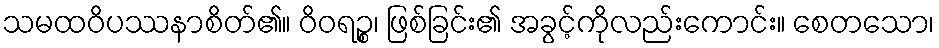
သမထဝိပဿနာစိတ်၏။ ဝိဝရဉ္စ၊ ဖြစ်ခြင်း၏ အခွင့်ကိုလည်းကောင်း။ စေတသော၊